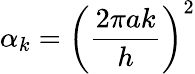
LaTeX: \alpha_{k}=\left(\frac{2\pi ak}{h}\right)^{2}